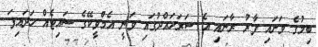
ބިމުގެ ވަށައި ފާރު ރާނައި އެ ސަރަހައްދުގައި ވަނީ އެމްވީކޭގެ ސައިޓެއް ހަދައިފަ